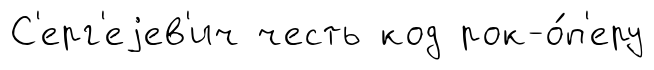
С'ерг'еjев'ич честь код рок-о́п'еру